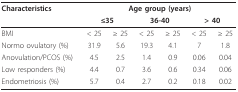
| Characteristics | <COLSPAN=6> Age group (years) |
 |  | <COLSPAN=2> ≤35 | <COLSPAN=2> 36-40 | <COLSPAN=2> > 40 |
 | --- | --- | --- | --- | --- | --- | --- |
 | BMI | < 25 | ≥ 25 | < 25 | ≥ 25 | < 25 | ≥ 25 |
 | Normo ovulatory (%) | 31.9 | 5.6 | 19.3 | 4.1 | 7 | 1.8 |
 | Anovulation/PCOS (%) | 4.5 | 2.5 | 1.4 | 0.9 | 0.06 | 0.04 |
 | Low responders (%) | 4.4 | 0.7 | 3.6 | 0.6 | 0.34 | 0.06 |
 | Endometriosis (%) | 5.7 | 0.4 | 2.7 | 0.2 | 0.18 | 0.02 |